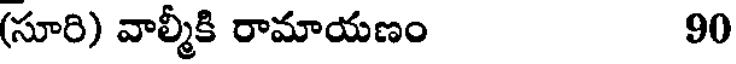
(సూరి) వాల్మీకి రామాయణం 90